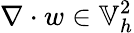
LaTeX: \nabla\cdot w\in\mathbb{V}_{h}^{2}